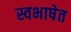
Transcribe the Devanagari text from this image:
स्वभाषेत